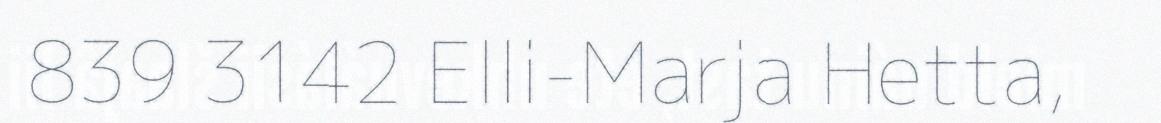
839 3142 Elli-Marja Hetta,